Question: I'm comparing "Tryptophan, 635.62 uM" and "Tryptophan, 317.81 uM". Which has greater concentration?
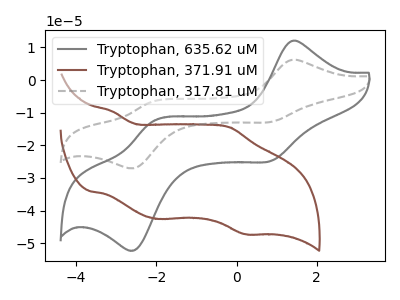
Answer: <think>The gray curve "Tryptophan, 635.62 uM" has anodic peaks at (1.40V, 12.00uA) (-2.10V, -12.65uA) and cathodic peaks at (0.85V, -24.75uA) (-2.55V, -52.05uA). The brown curve "Tryptophan, 371.91 uM" has anodic peaks at (-3.10V, -9.55uA) (-0.15V, -14.45uA) and cathodic peaks at (-1.95V, -42.55uA) (0.25V, -47.25uA). The gray dashed curve "Tryptophan, 317.81 uM" has anodic peaks at (1.40V, 6.20uA) (-2.10V, -6.55uA) and cathodic peaks at (0.85V, -12.80uA) (-2.55V, -26.95uA).
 All the peaks in "Tryptophan, 635.62 uM" have a peak in "Tryptophan, 317.81 uM" at the same potential.</think>
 <answer>I cant tell if "Tryptophan, 635.62 uM" or "Tryptophan, 317.81 uM" has higher concentration.</answer>
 <eval>mixed_concentration</eval>